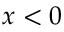
x < 0